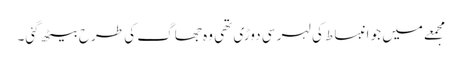
مجمعے میں جو انبساط کی لہر سی دوڑی تھی وہ جھاگ کی طرح بیٹھ گئی۔